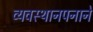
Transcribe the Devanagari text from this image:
व्यवस्थानपनाने